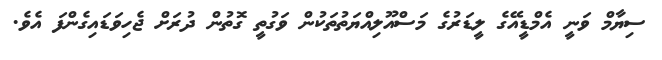
ސިޔާމް ވަނީ އެމްޑީއޭގެ ލީޑަރުގެ މަސްއޫލިއްޔަތުތަކުން ވަގުތީ ގޮތުން ދުރަށް ޖެހިވަޑައިގެންފަ އެވެ.